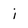
Character: i